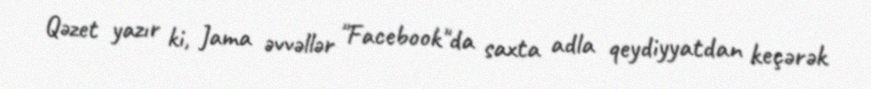
Qəzet yazır ki, Jama əvvəllər "Facebook"da saxta adla qeydiyyatdan keçərək